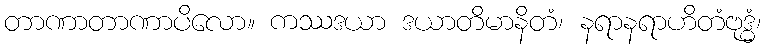
တာဏာတာဏာပိလော။ ကဿဒယာ ဒယာတိမာနိတံ၊ နရာနရာဟိတံဗုဒ္ဓံ၊